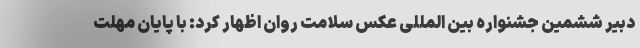
دبیر ششمین جشنواره بین المللی عکس سلامت روان اظهار کرد: با پایان مهلت